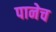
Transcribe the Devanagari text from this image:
पानेच